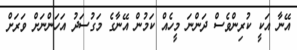
އޭނާ އަކީ ކުރިންވެސް ދަންނަ މީހެއް ކަމުން އޭނާގެ މަގުސަދު އަހަންނަށް ވަރަށް